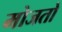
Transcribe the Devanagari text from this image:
मोजतो